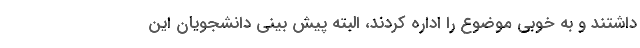
داشتند و به خوبی موضوع را اداره کردند، البته پیش بینی دانشجویان این